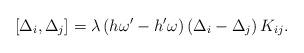
LaTeX: \begin{align*}[ \Delta_i , \Delta_j ] = \lambda \, (h\omega'-h'\omega) \, ( \Delta_i- \Delta_j ) \, K_{ij}. \end{align*}